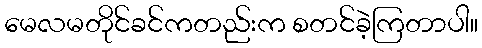
မေလမတိုင်ခင်ကတည်းက စတင်ခဲ့ကြတာပါ။